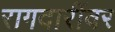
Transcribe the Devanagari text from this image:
रागदारींवर